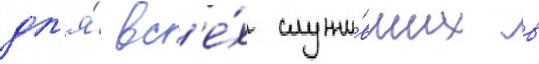
дл'я́ вс'е́х служи́вших в